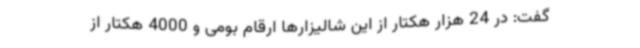
گفت: در 24 هزار هکتار از این شالیزارها ارقام بومی و 4000 هکتار از